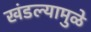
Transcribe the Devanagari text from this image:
खंडल्यामुळे